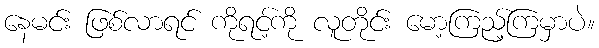
နေမင်း ဖြစ်လာရင် ကိုရင့်ကို လူတိုင်း မော့ကြည့်ကြမှာပဲ။